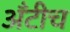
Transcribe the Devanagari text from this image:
अँटीच